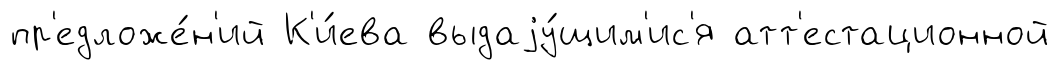
пр'едложе́н'ий К'и́ева выдаjу́щим'ис'я атт'естационной